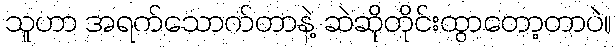
သူဟာ အရက်သောက်တာနဲ့ ဆဲဆိုတိုင်းထွာတော့တာပဲ။